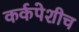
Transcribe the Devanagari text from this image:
कर्कपेशीच